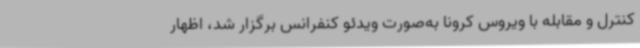
کنترل و مقابله با ویروس کرونا به‌صورت ویدئو کنفرانس برگزار شد، اظهار